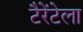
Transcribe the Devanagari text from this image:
टैरेंटेला